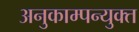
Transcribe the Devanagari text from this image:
अनुकाम्पन्युक्त